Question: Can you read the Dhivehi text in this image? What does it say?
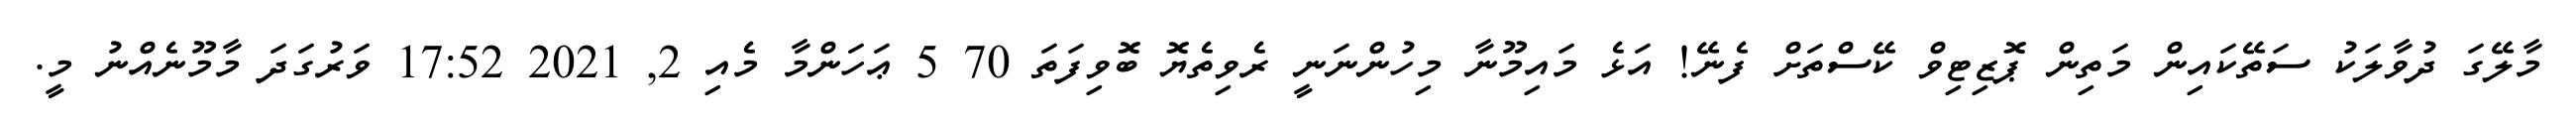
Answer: މާލޭގަ ދުވާލަކު ސަތޭކައިން މަތިން ޕޮޒިޓިވް ކޭސްތަށް ފެނޭ! އަޅެ މައިމޫނާ މިހުންނަނީ ރެވިތެޔޮ ބޮވިފަތަ 70 5 ޢަހަންމާ މެއި 2, 2021 17:52 ވަރުގަދަ މާމޫނެއްނު މީ.